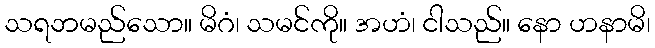
သရဘမည်သော။ မိဂံ၊ သမင်ကို။ အဟံ၊ ငါသည်။ နော ဟနာမိ၊